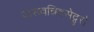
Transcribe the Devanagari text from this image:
दासवन्निवसेद्गुरो